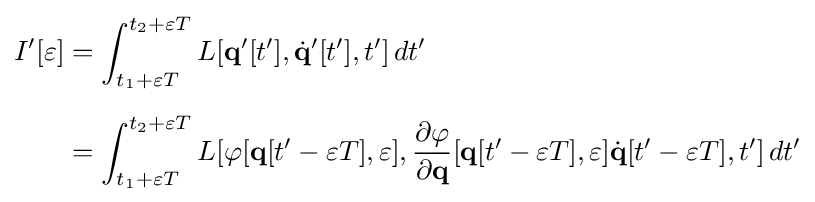
{\begin{aligned}I'[\varepsilon ]&=\int _{t_{1}+\varepsilon T}^{t_{2}+\varepsilon T}L[\mathbf {q} '[t'],{\dot {\mathbf {q} }}'[t'],t']\,dt'\\[6pt]&=\int _{t_{1}+\varepsilon T}^{t_{2}+\varepsilon T}L[\varphi [\mathbf {q} [t'-\varepsilon T],\varepsilon ],{\frac {\partial \varphi }{\partial \mathbf {q} }}[\mathbf {q} [t'-\varepsilon T],\varepsilon ]{\dot {\mathbf {q} }}[t'-\varepsilon T],t']\,dt'\end{aligned}}